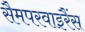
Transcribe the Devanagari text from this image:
सैमपरवाइरैंस